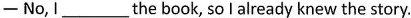
-No,I_____the book, so lalready knew the story.